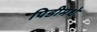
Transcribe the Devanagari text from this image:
पिडीमधे